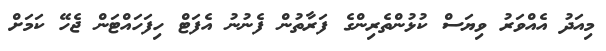
މިއަދު އެއްވަރު ވިޔަސް ކުޅުންތެރިންގެ ފަރާތުން ފެނުނު އެފަޓް ހިފަހައްޓަން ޖެހޭ ކަމަށް